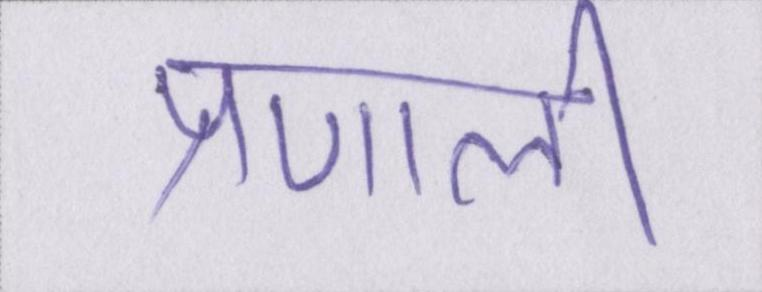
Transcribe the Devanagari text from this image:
प्रणाली